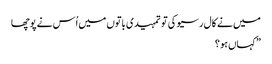
میں نے کال رسیو کی تو تمہیدی باتوں میں اُس نے پوچھا
” کہاں ہو ؟